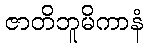
ဇာတိဘူမိကာနံ